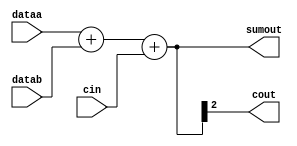
module hardcopyiii_lcell_hsadder (
                            dataa,
                            datab,
                            cin,
                            sumout,
                            cout
                            );
    parameter dataa_width = 2;
    parameter datab_width = 2;
    parameter cin_inverted = "off";
    parameter lpm_type = "hardcopyiii_lcell_hsadder";
// LOCAL_PARAMETERS_BEGIN
    parameter sumout_width = (dataa_width >= datab_width) ? (dataa_width + 1) : (datab_width + 1);
// LOCAL_PARAMETERS_END
    // INPUT PORTS
    input [dataa_width - 1 : 0] dataa;
    input [datab_width - 1 : 0] datab;
    input cin;
    // OUTPUT PORTS
    output [sumout_width - 1 : 0] sumout;
    output cout;
    // internal variable
    wire cin_sel;
    // tmp output variables
    reg [sumout_width : 0] sumout_tmp;
    specify
        (dataa *> sumout) = (0, 0);
        (datab *> sumout) = (0, 0);
        (cin *> sumout) = (0, 0);
        (dataa *> cout) = (0, 0);
        (datab *> cout) = (0, 0);
        (cin *> cout) = (0, 0);
    endspecify
    assign cin_sel = (cin_inverted == "on") ? !cin : cin;
    always @(datab or dataa or cin_sel)
    begin
        sumout_tmp = dataa + datab + cin_sel;
    end
    assign sumout = sumout_tmp[sumout_width - 1 : 0];
    assign cout = sumout_tmp[sumout_width - 1];
endmodule